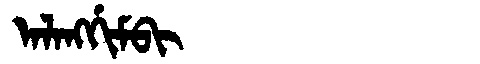
Manchu: ᠠᠯᠠᠩᡤᡳᠮᠪᡳ
Romanization: ALANGGIMBI